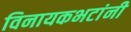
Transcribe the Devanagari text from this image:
विनायकभटांनी